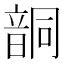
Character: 𩐤